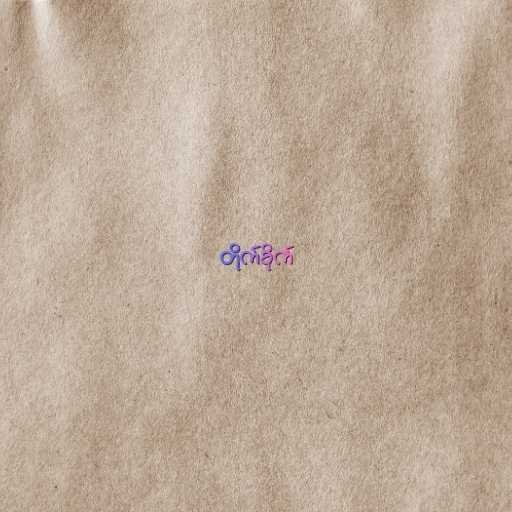
တိုက်ခိုက်